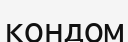
кондом